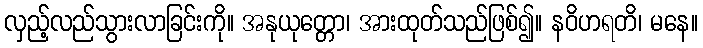
လှည့်လည်သွားလာခြင်းကို။ အနုယုတ္တော၊ အားထုတ်သည်ဖြစ်၍။ နဝိဟရတိ၊ မနေ။